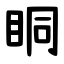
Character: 眮